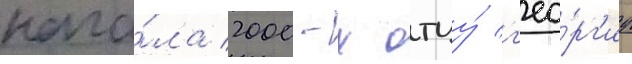
нача́ла 2000-х отцу́ г'ео́рг'иу